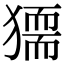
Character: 𤡤